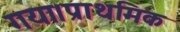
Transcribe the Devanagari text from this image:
गया।प्राथमिक